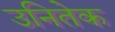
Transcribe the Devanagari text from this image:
उनितेक